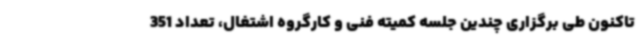
تاکنون طی برگزاری چندین جلسه کمیته فنی و کارگروه اشتغال، تعداد 351